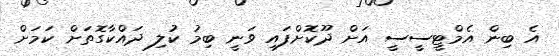
އެ ބިން އެމްޓީސީސީ އަށް ދޫކޮށްފައި ވަނީ ބިމު ކުލި ދައްކާގޮތަށް ކަމަށް